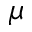
\mu